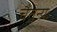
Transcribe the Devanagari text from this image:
चैतन्यः